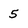
Character: 5